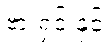
ဗားရှင်းနှင့်